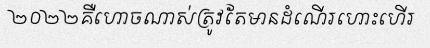
២០២២គឺហោចណាស់ត្រូវតែមានដំណើរហោះហើរ